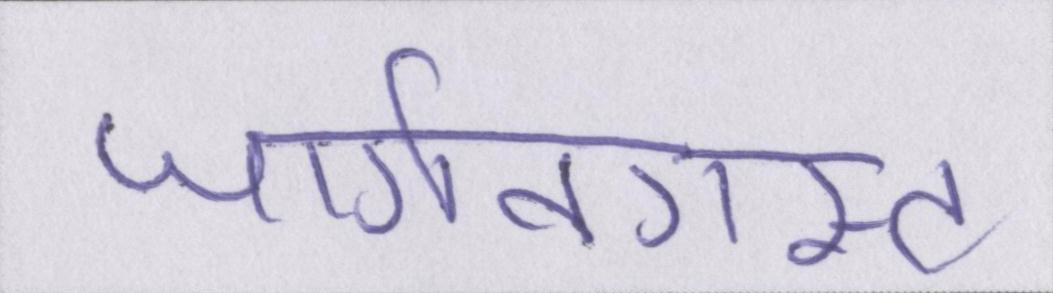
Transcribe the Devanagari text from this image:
जार्गनग्रस्त